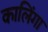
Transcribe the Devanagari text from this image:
कालिंगा